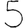
Digit: 5